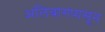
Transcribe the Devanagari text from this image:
अलिबागपासून